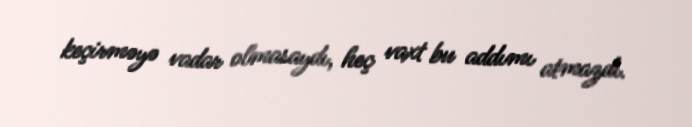
keçirməyə vadar olmasaydı, heç vaxt bu addımı atmazdı.